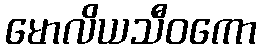
မောလိယသီဝကော